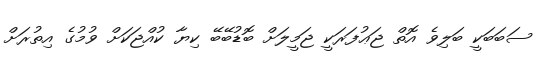
ސަބަބަކީ ބަލިވެ އޮތް ޖަޢުފަރަކީ ޖަމީލަށް ބޮޑުބޭބޭ ކިޔާ ކުއްޖަކަށް ވުމުގެ އިތުރަށް